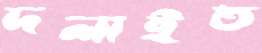
দলাইত